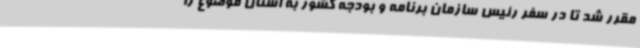
مقرر شد تا در سفر رئیس سازمان برنامه و بودجه کشور به استان موضوع را